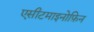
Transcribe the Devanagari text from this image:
एसीटमाइनोफ़िन